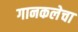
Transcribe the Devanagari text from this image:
गानकलेचा